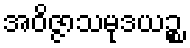
အဝိဇ္ဇာသမုဒယဉ္စ